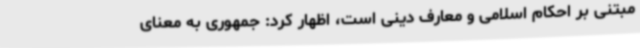
مبتنی‌ بر احکام اسلامی و معارف دینی است، اظهار کرد: جمهوری به‌ معنای